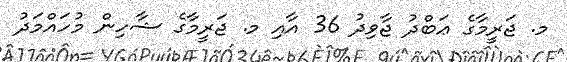
މ. ޖަރީމާގެ ޢަބްދު ޖާވިދު 36 އާއި މ. ޖަރީމާގެ ޝާހިން މުހައްމަދު